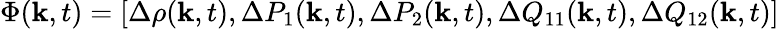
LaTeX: \Phi({\mathbf k},t)=[\Delta\rho({\mathbf k},t),\Delta P_{1}({\mathbf k},t),\Delta P_{2}({\mathbf k},t),\Delta Q_{11}({\mathbf k},t),\Delta Q_{12}({\mathbf k},t)]